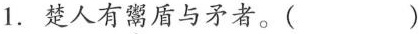
1.楚人有\underset{·}{鬻}盾与矛者。( )